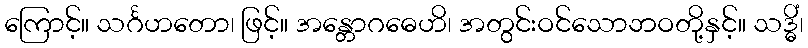
ကြောင့်။ သင်္ဂဟတော၊ ဖြင့်။ အန္တောဂဓေဟိ၊ အတွင်းဝင်သောဘဝတို့နှင့်။ သဒ္ဓိံ၊